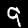
Digit: 9